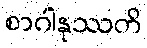
စာဂါနုဿတိ